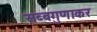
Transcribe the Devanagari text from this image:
सब्बगुणाकर